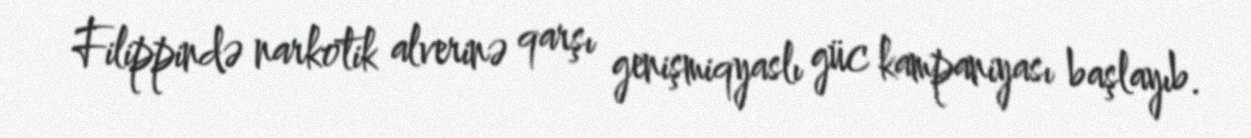
Filippində narkotik alverinə qarşı genişmiqyaslı güc kampaniyası başlayıb.